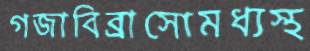
গজাবিব্রাসোমধ্যস্থ